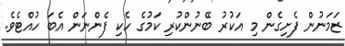
ޒަމަނުން ފެށިގެން މި އަކުރު ބޭނުންކުރި ކަމުގެ ހެކި ފެންނަން އެބަ ހުއްޓެވެ.